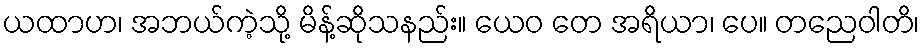
ယထာဟ၊ အဘယ်ကဲ့သို့ မိန့်ဆိုသနည်း။ ယေဝ တေ အရိယာ၊ ပေ။ တညေဝါတိ၊